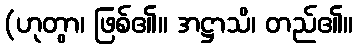
(ဟုတွာ၊ ဖြစ်၏။ အဋ္ဌာသိ၊ တည်၏။